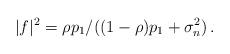
LaTeX: \begin{align*}|f|^2 = \rho p_1/((1- \rho) p_1 + \sigma_n^2)\,.\end{align*}